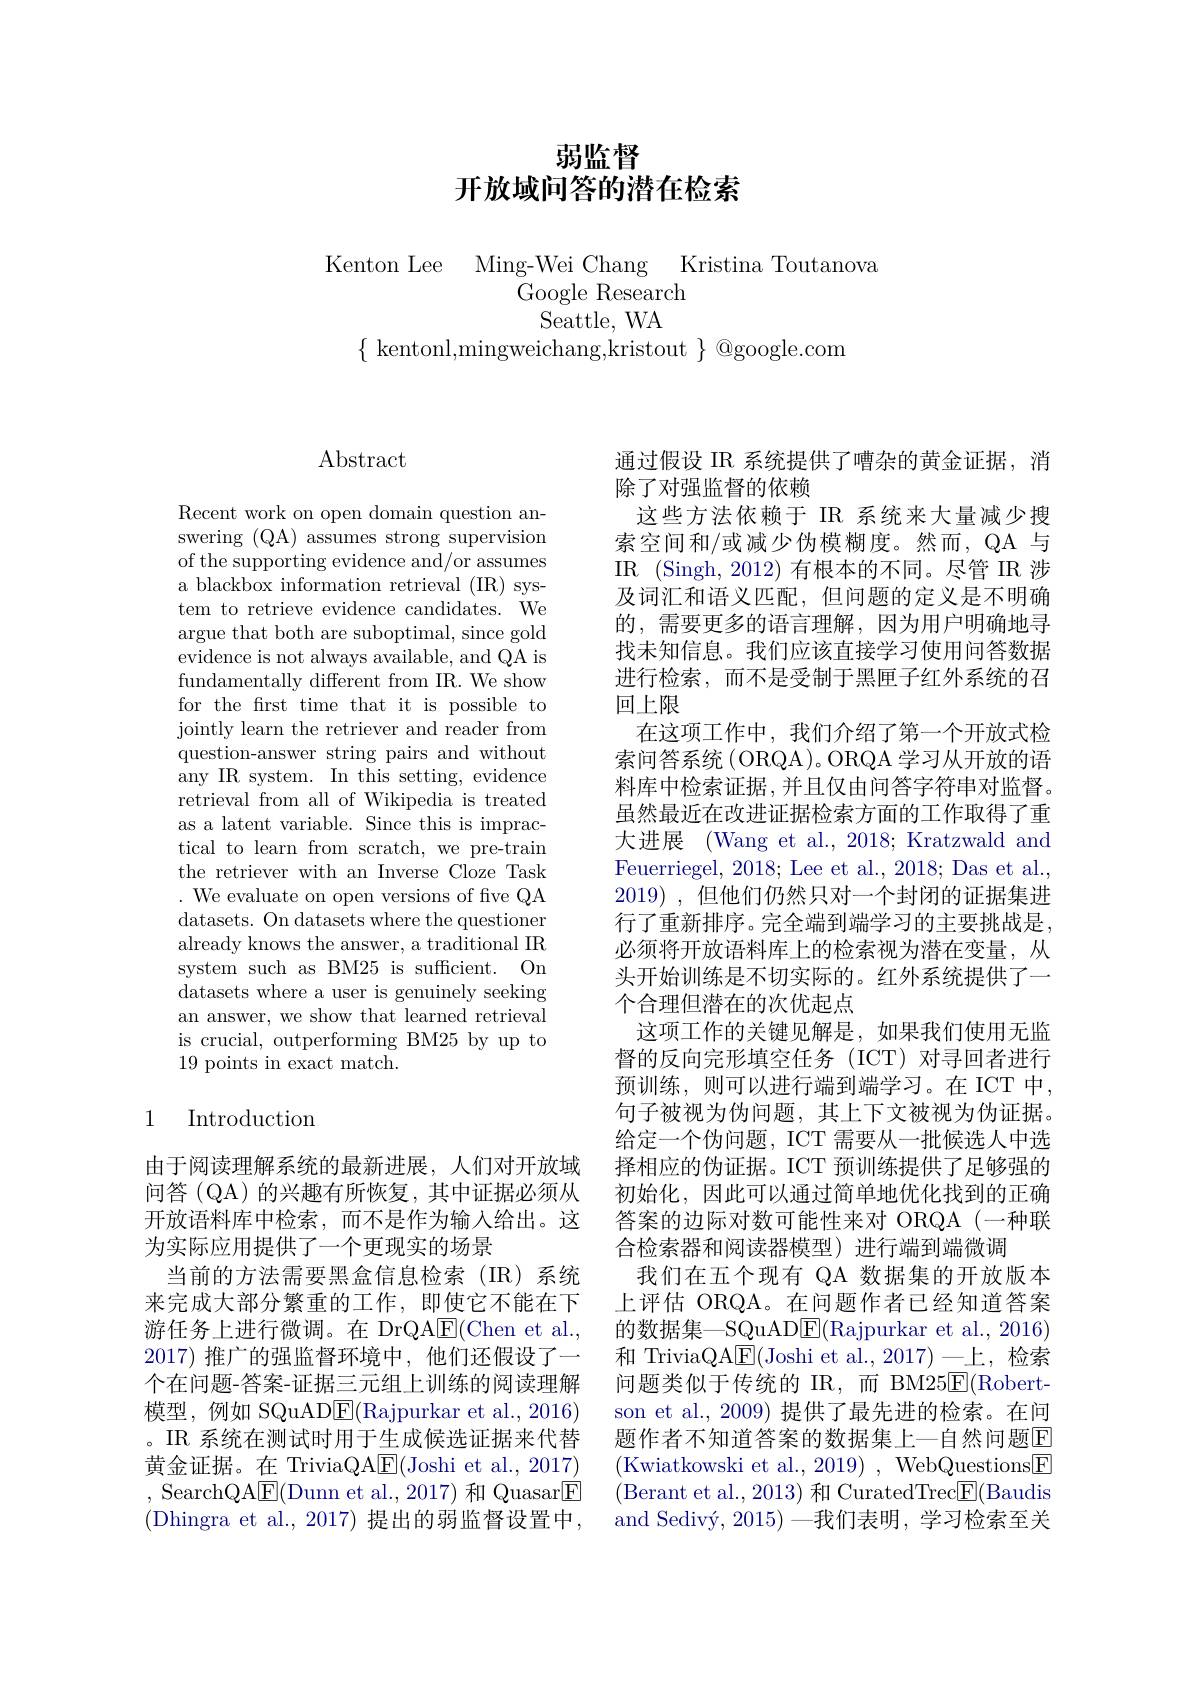
# 弱监督开放域问答的潜在检索

Kenton Lee Ming-Wei Chang Kristina Toutanova
Google Research
Seattle, WA
$\{$ kentonl,mingweichang,kristout $\}$ @google.com

## $\operatorname{Abstract}$

Recent work on open domain question answering (QA) assumes strong supervision of the supporting evidence and/or assumes a blackbox information retrieval (IR) system to retrieve evidence candidates. We argue that both are suboptimal, since gold evidence is not always available, and QA is fundamentally different from IR. We show for the first time that it is possible to jointly learn the retriever and reader from question-answer string pairs and without any IR system. In this setting, evidence retrieval from all of Wikipedia is treated as a latent variable. Since this is impractical to learn from scratch, we pre-train the retriever with an Inverse Cloze Task $.{\mathrm{~We~evaluate~on~open~versions~of~five~QA}}$ datasets. On datasets where the questioner already knows the answer, a traditional IR system such as BM25 is sufficient. On datasets where a user is genuinely seeking an answer, we show that learned retrieval is crucial, outperforming BM25 by up to 19 points in exact match.

# 1 Introduction

由于阅读理解系统的最新进展，人们对开放域问答(QA)的兴趣有所恢复，其中证据必须从开放语料库中检索，而不是作为输入给出。这为实际应用提供了一个更现实的场景
当前的方法需要黑盒信息检索(IR)系统来完成大部分繁重的工作，即使它不能在下游任务上进行微调。在 DrQAE$( Chen et al. $, 2017)推广的强监督环境中，他们还假设了一个在问题-答案-证据三元组上训练的阅读理解模型，例如 SQuAD$\underline{\mathrm{E}}($Rajpurkar et al.,2016) 。IR 系统在测试时用于生成候选证据来代替黄金证据。在 TriviaQA$\underline{\mathrm{E}}($Joshi et al., 2017) , SearchQAE(Dunn et al., 2017) 和 Quasar$\boxed{\mathrm{E}}$ (Dhingra et al., 2017) 提出的弱监督设置中，

通过假设 IR 系统提供了嘈杂的黄金证据，消
除了对强监督的依赖
这些方法依赖于 IR 系统来大量减少搜索空间和/或减少伪模糊度。然而，QA 与IR (Singh, 2012) 有根本的不同。尽管 IR 涉及词汇和语义匹配，但问题的定义是不明确的，需要更多的语言理解，因为用户明确地寻找未知信息。我们应该直接学习使用问答数据进行检索，而不是受制于黑匣子红外系统的召回上限
在这项工作中，我们介绍了第一个开放式检索问答系统(ORQA)。ORQA 学习从开放的语料库中检索证据，并且仅由问答字符串对监督。虽然最近在改进证据检索方面的工作取得了重大进展 (Wang et al., 2018; Kratzwald and Feuerriegel, 2018; Lee et al., 2018; Das et al. 2019) , 但他们仍然只对一个封闭的证据集进行了重新排序。完全端到端学习的主要挑战是， 必须将开放语料库上的检索视为潜在变量，从头开始训练是不切实际的。红外系统提供了一个合理但潜在的次优起点
这项工作的关键见解是，如果我们使用无监督的反向完形填空任务(ICT)对寻回者进行预训练，则可以进行端到端学习。在 ICT 中， 句子被视为伪问题，其上下文被视为伪证据。给定一个伪问题，ICT 需要从一批候选人中选择相应的伪证据。ICT 预训练提供了足够强的初始化，因此可以通过简单地优化找到的正确答案的边际对数可能性来对 ORQA(一种联合检索器和阅读器模型)进行端到端微调
我们在五个现有 QA 数据集的开放版本上评估 ORQA。在问题作者已经知道答案的数据集—SQuAD$\underline{\mathrm{E}}($Rajpurkar et al., 2016) 和 TriviaQA$\underline{\mathrm{E}}($Joshi et al.,2017)一上，检索问题类似于传统的 IR,而 BM25E$( Robert-$ son et al., 2009) 提供了最先进的检索。在问题作者不知道答案的数据集上一自然问题E (Kwiatkowski et al., 2019) , WebQuestions$\boxed{\mathrm{F}}$ (Berant et al., 2013) 和 CuratedTrec$\boxed{\mathrm{F}}($Baudis and Sedivý, 2015)—我们表明，学习检索至关